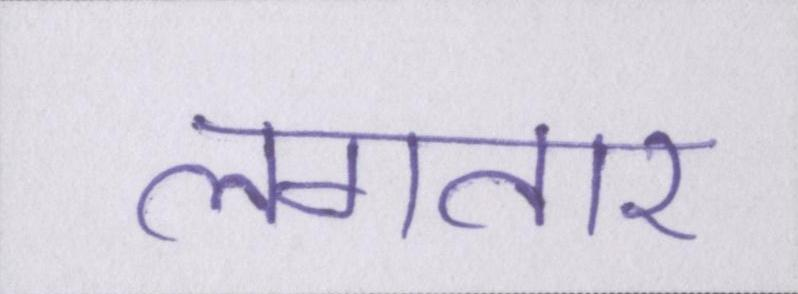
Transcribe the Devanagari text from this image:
लगतार